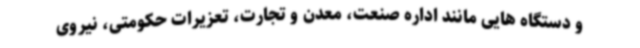
و دستگاه هایی مانند اداره صنعت، معدن و تجارت، تعزیرات حکومتی، نیروی